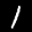
Label: 1